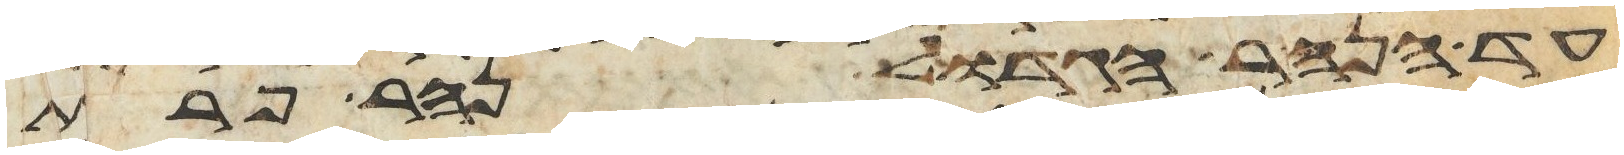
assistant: עד הנהר הגדול נהר פרת